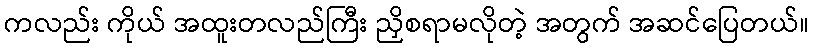
ကလည်း ကိုယ် အထူးတလည်ကြီး ညှိစရာမလိုတဲ့ အတွက် အဆင်ပြေတယ်။